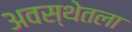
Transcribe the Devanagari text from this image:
अवस्थेतला